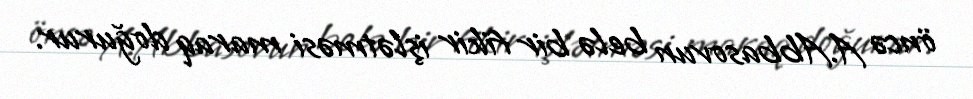
öncə A.Abbasovun belə bir fikir işlətməsi maraq doğurur.